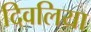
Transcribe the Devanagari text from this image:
दिवलिया